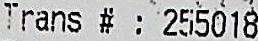
TRANS #: 255018